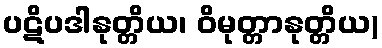
ပဋိပဒါနုတ္တိယ၊ ဝိမုတ္တာနုတ္တိယ)